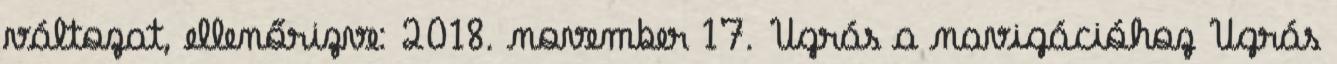
változat, ellenőrizve: 2018. november 17. Ugrás a navigációhoz Ugrás